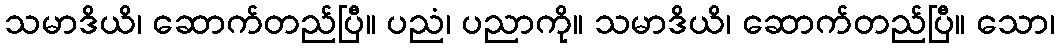
သမာဒိယိ၊ ဆောက်တည်ပြီ။ ပညံ၊ ပညာကို။ သမာဒိယိ၊ ဆောက်တည်ပြီ။ သော၊